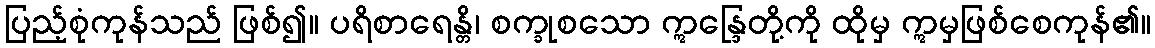
ပြည့်စုံကုန်သည် ဖြစ်၍။ ပရိစာရေန္တိ၊ စက္ခုစသော ဣန္ဒြေတို့ကို ထိုမှ ဣမှဖြစ်စေကုန်၏။